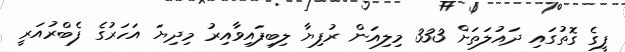
ފީގެ ގޮތުގައި ދައުލަތަށް 333 މިލިއަން ރުފިޔާ ލިބިފައިވާއިރު މިދިޔަ އަހަރުގެ ފެބްރުއަރީ